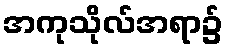
အကုသိုလ်အရာ၌